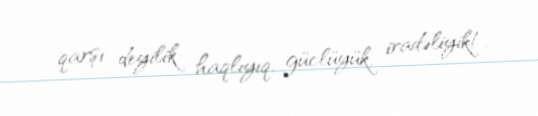
qarşı deyilik: haqlıyıq, güclüyük, iradəliyik!.